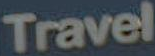
Travel